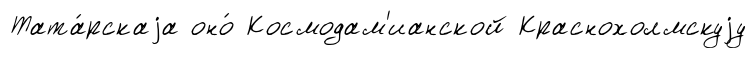
Тата́рскаjа оно́ Космодам'ианской Краснохолмскуjу